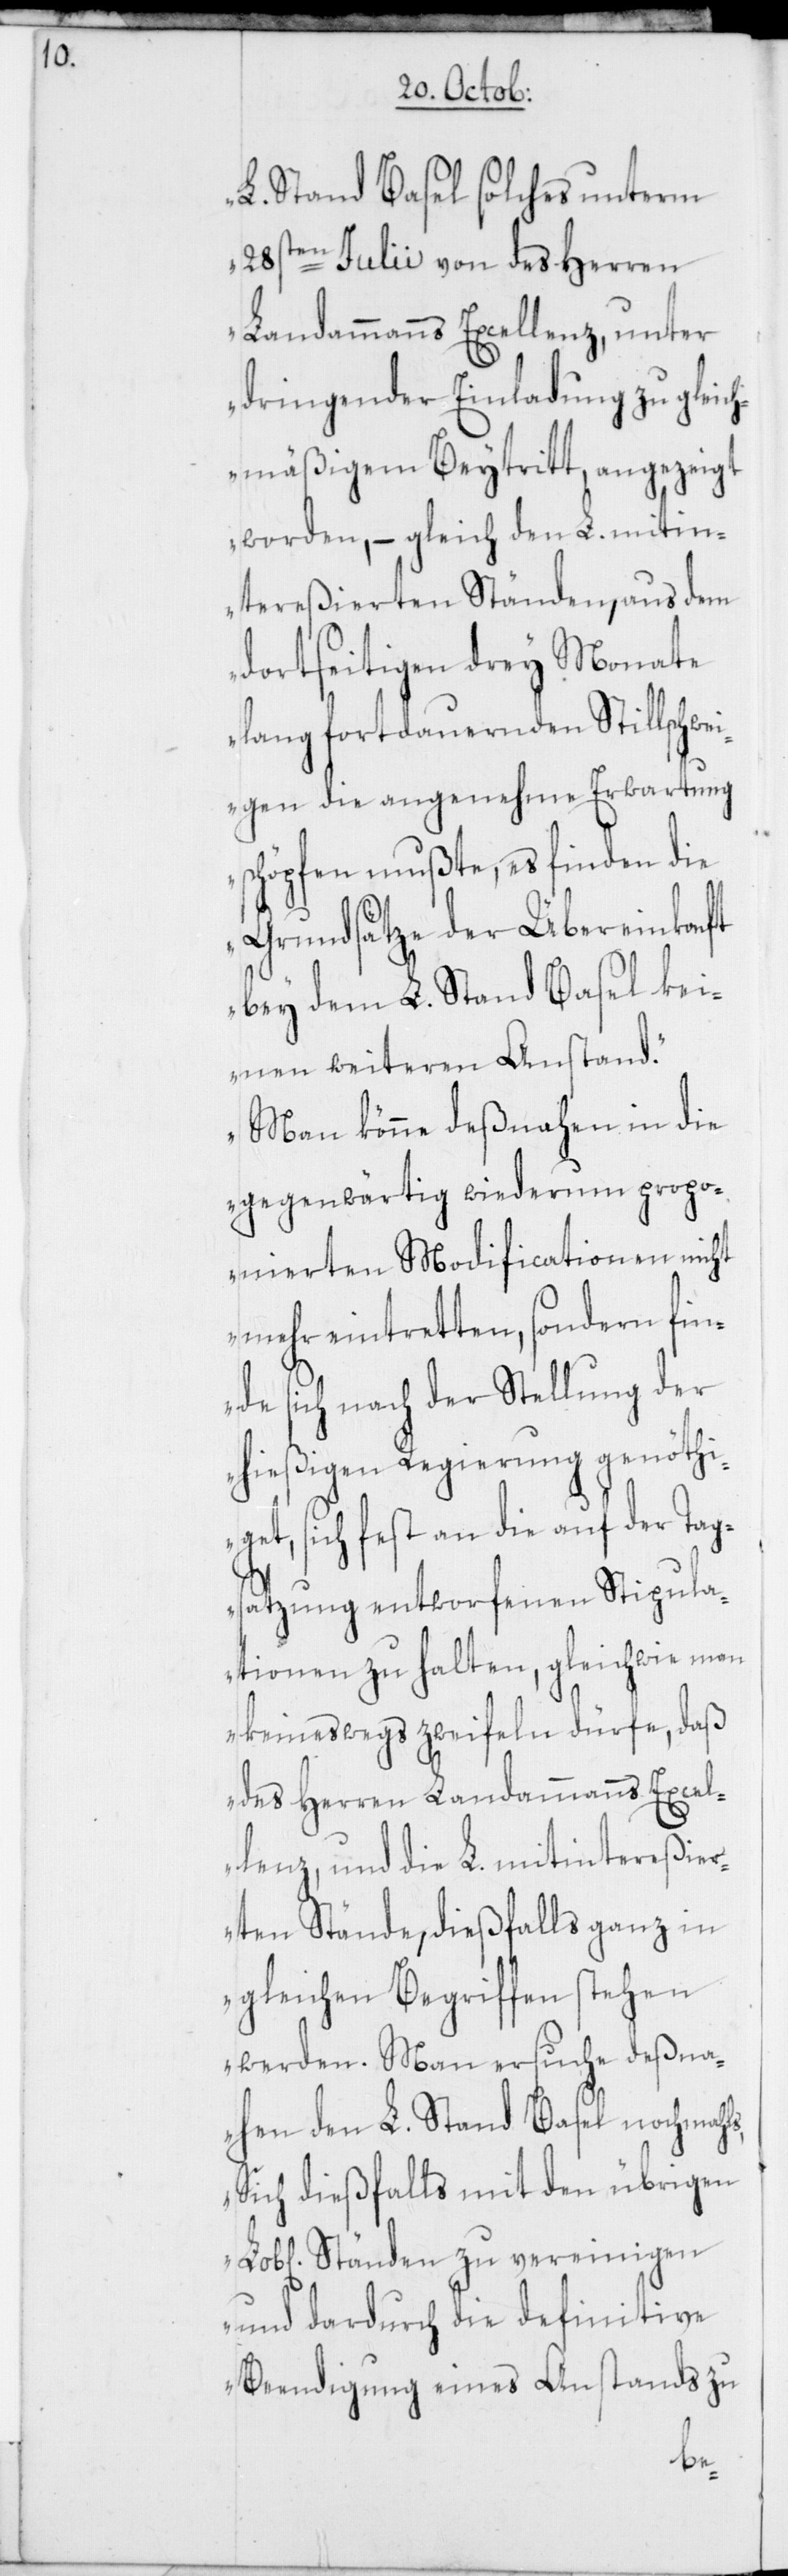
L. Stand Basel solches unterm
28sten Julii von des Herren
Landammanns Excellenz, unter
dringender Einladung zu gleic¬
hmäßigem Beytritt, angezeigt
worden, – gleich den L. mitin¬
tereßierten Ständen, aus dem
dortseitigen drey Monate
lang fortdauernden Stillschwei¬
gen die angenehme Erwartung
schöpfen mußte, es finden die
Grundsätze der Übereinkonft
bey dem L. Stand Basel kei¬
nen weiteren Anstand.
Man könne deßnahen in die
gegenwärtig wiederum propo¬
nierten Modificationen nicht
mehr eintretten, sondern fin¬
de sich nach der Stellung der
hießigen Regierung genöthi¬
get, sich fest an die auf der Tag¬
satzung entworfenen Stipula¬
tionen zu halten, gleichwie man
keineswegs zweifeln dürfe, daß
des Herren Landammanns Excel¬
lenz, und die L. mitintereßier¬
ten Stände, dießfalls ganz in
gleichen Begriffen stehen
werden. Man ersuche deßna¬
hen den L. Stand Basel nochmahls,
Sich dießfalls mit den übrigen
Ständen zu vereinigen
und dardurch die definitive
Beendigung eines Anstands zu